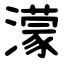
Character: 濛